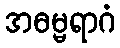
အဓမ္မရာဂံ